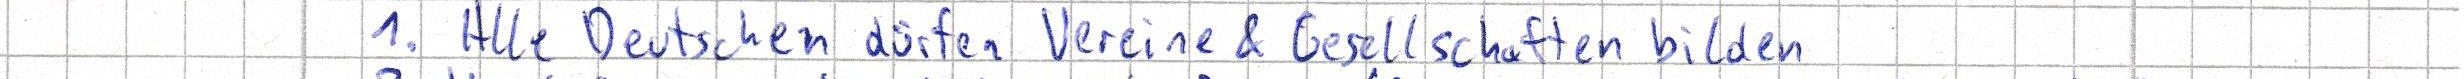
1. Alle Deutschen dürfen Vereine & Gesellschaften bilden